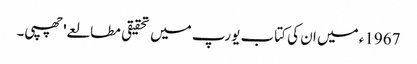
1967ء میں ان کی کتاب یورپ میں تحقیقی مطالعے' چھپی۔